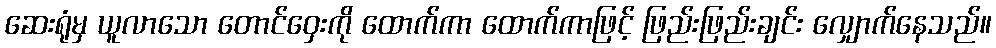
ဆေးရုံမှ ယူလာသော တောင်ဝှေးကို ထောက်ကာ ထောက်ကာဖြင့် ဖြည်းဖြည်းချင်း လျှောက်နေသည်။